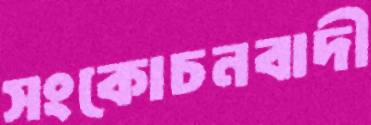
সংকোচনবাদী